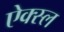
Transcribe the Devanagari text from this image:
ऐक्स्ल